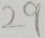
2 9